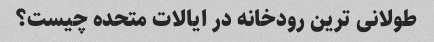
طولانی ترین رودخانه در ایالات متحده چیست؟